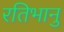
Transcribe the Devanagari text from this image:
रतिभानु